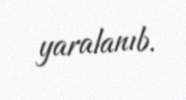
yaralanıb.